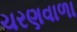
ચરણવાળા